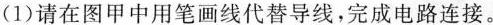
(1)请在图甲中用笔画线代替导线，完成电路连接。